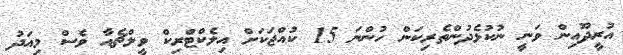
އުރީދޫއިން ވަނީ ނުކުޅެދުންތެރިކަން ހުންނަ 15 ކުއްޖަކަށް އިލެކްޓްރިކް ވީލްޗެއާ ވެސް މިއަދު